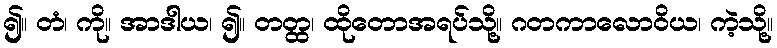
၍။ တံ၊ ကို။ အာဒါယ၊ ၍။ တတ္ထ၊ ထိုတောအရပ်သို့။ ဂတကာလောဝိယ၊ ကဲ့သို့။